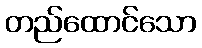
တည်ထောင်သော